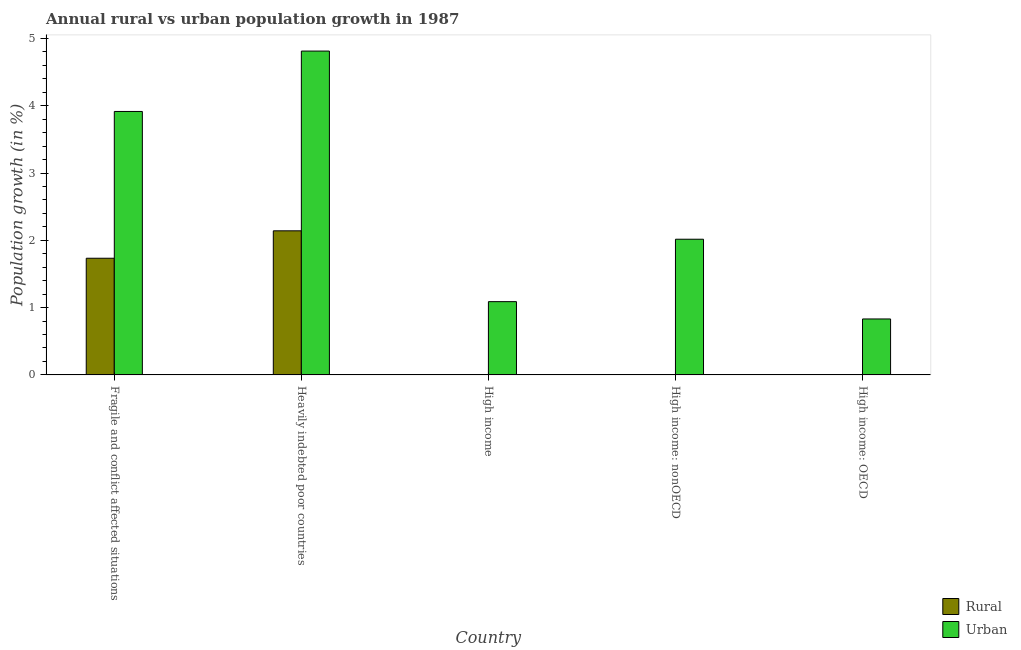
| Country | Rural | Urban  |
 | --- | --- | --- |
 | Fragile and conflict affected situations | 1.73 | 3.92 |
 | Heavily indebted poor countries | 2.14 | 4.81 |
 | High income | -0.257 | 1.09 |
 | High income: nonOECD | -0.868 | 2.02 |
 | High income: OECD | -0.104 | 0.832 |